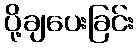
ပို့ချပေးခြင်း